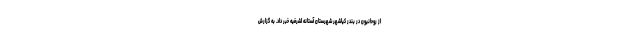
از روحانیون در بندر کیاشهر شهرستان آستانه اشرفیه خبر داد. به گزارش